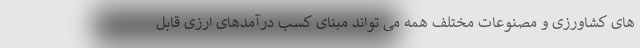
های کشاورزی و مصنوعات مختلف همه می تواند مبنای کسب درآمدهای ارزی قابل